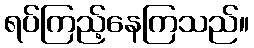
ရပ်ကြည့်နေကြသည်။